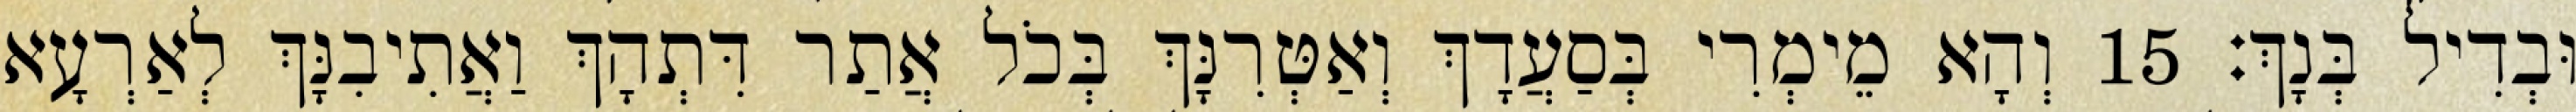
וּבְדִיל בְּנָךְ׃ 15 וְהָא מֵימְרִי בְּסַעֲדָךְ וְאַטְּרִנָּךְ בְּכֹל אֲתַר דִּתְהָךְ וַאֲתִיבִנָּךְ לְאַרְעָא